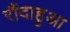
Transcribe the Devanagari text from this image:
रौंदाहुआ